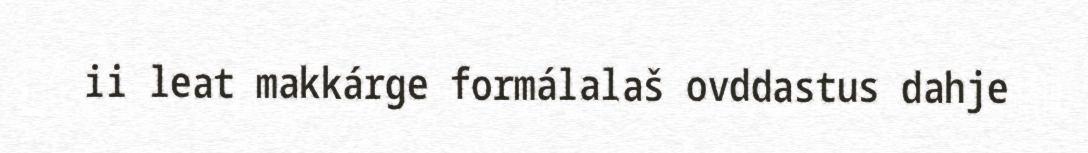
ii leat makkárge formálalaš ovddastus dahje